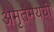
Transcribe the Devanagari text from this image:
अमृतमययी